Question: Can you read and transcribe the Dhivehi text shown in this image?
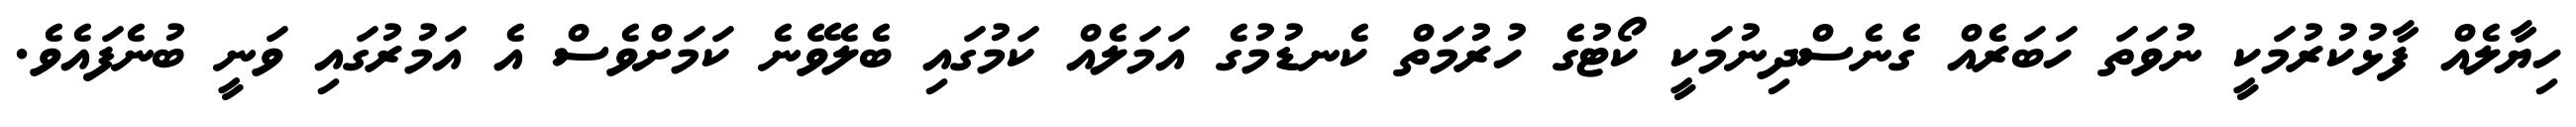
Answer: ހިޔާލެއް ފާޅުކުރުމަކީ ނުވަތަ ހަބަރެއް ގެނެސްދިނުމަކީ ކޯޓުގެ ހުރުމަތް ކެނޑުމުގެ އަމަލެއް ކަމުގައި ބެލެވޭނެ ކަމަށްވެސް އެ އަމުރުގައި ވަނީ ބުނެފައެވެ.